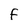
Character: F